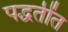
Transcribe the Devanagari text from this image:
पद्धतींत